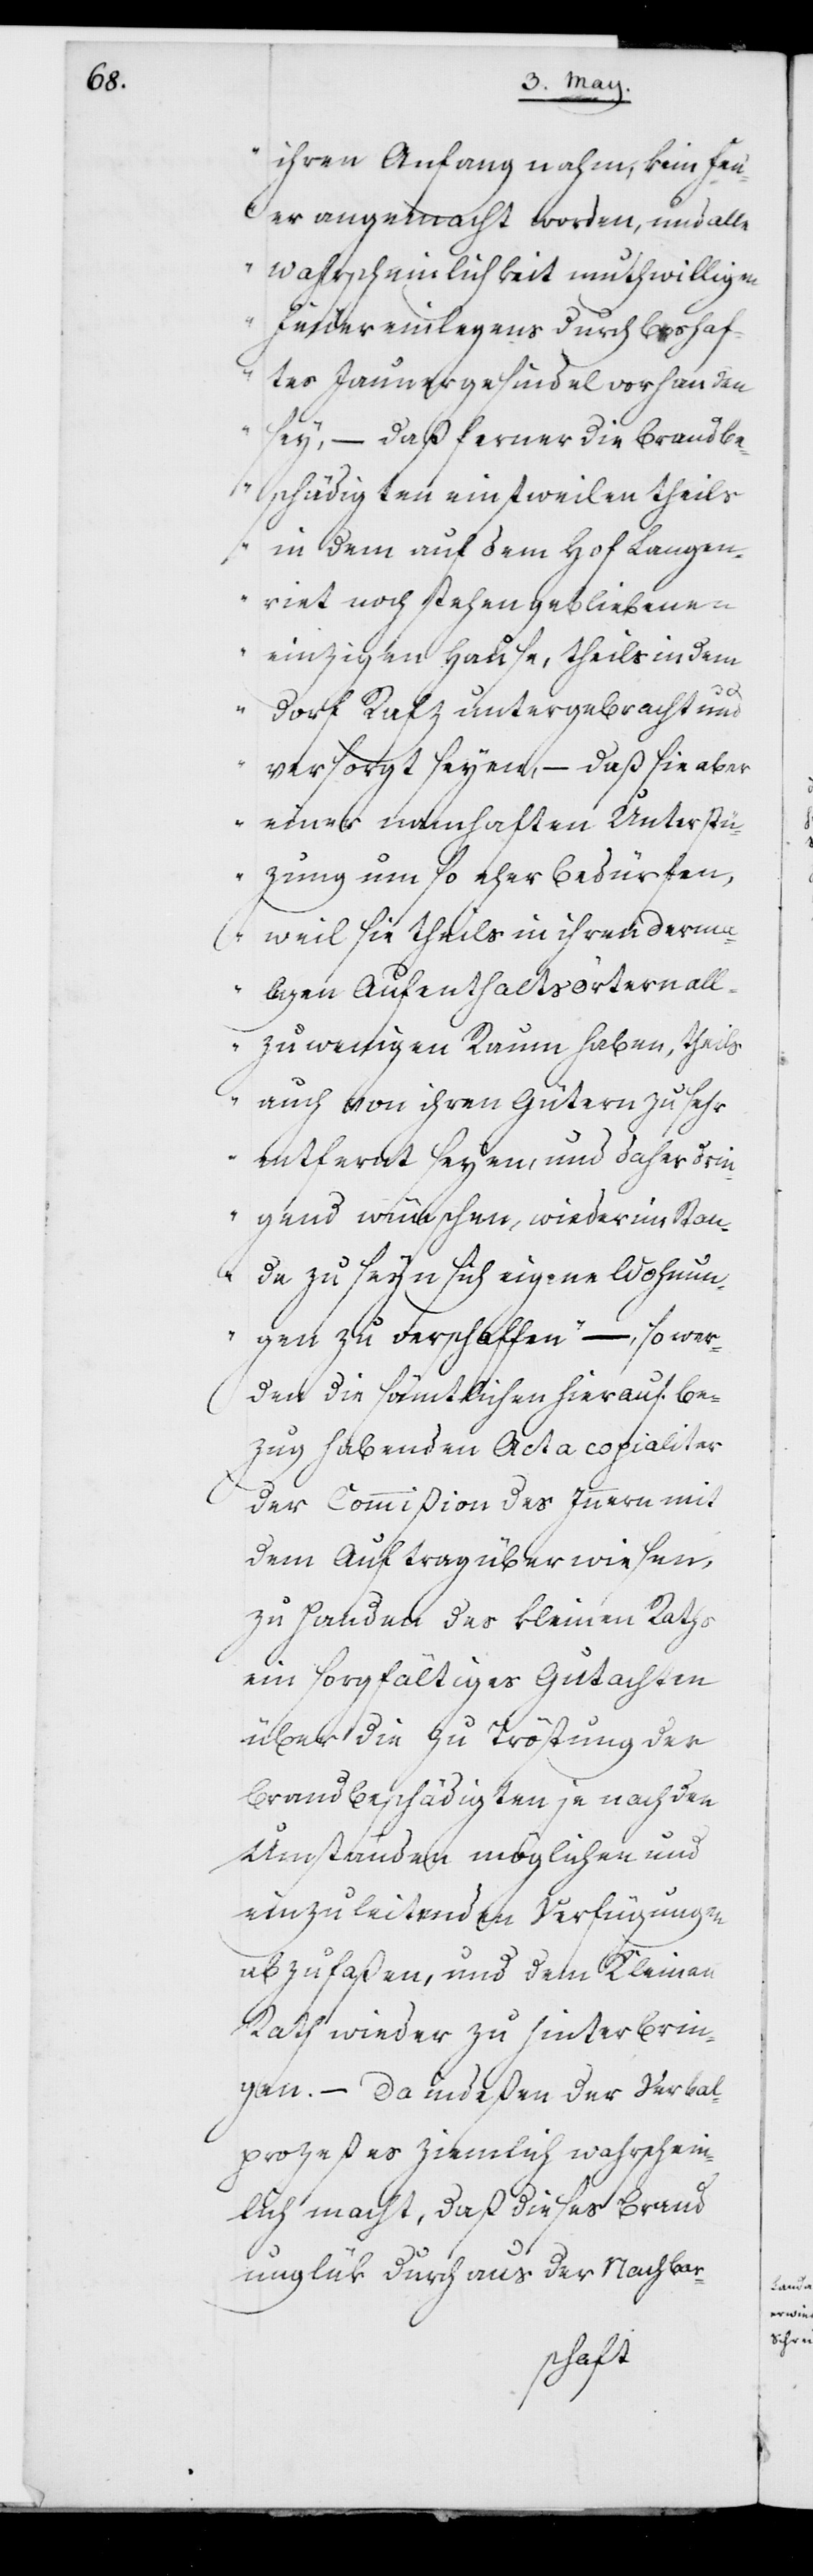
ihren Anfang nahm, kein Feu¬
er angemacht worden, und alle
Wahrscheinlichkeit muthwilligen
Feuereinlegens durch boshaf¬
tes Jaunergesindel vorhanden
sey, – daß ferner die Brandbe¬
schädigten einstweilen theils
in dem auf dem Hof Langen¬
riet noch stehen gebliebenen
einzigen Hause, theils in dem
Dorf Rafz untergebracht und
versorgt seyen, – daß sie aber
einer namhaften Unterstü¬
tzung um so eher bedürfen,
weil sie theils in ihren derma¬
ligen Aufenthaltsorten all¬
zu wenigen Raum haben, theils
auch von ihren Gütern zu sehr
entfernt seyen und daher drin¬
gend wünschen, wieder im Stan¬
de zu seyn sich eigene Wohnun¬
gen zu verschaffen“ –, so wer¬
den die sämtlichen hierauf Be¬
zug habenden Acta copialiter
der Commißion des Innern mit
dem Auftrag überwiesen,
zu Handen des Kleinen Raths
ein sorgfältiges Gutachten
über die zu Tröstung der
Brandbeschädigten je nach den
Umständen möglichen und
einzuleitenden Verfügungen
abzufaßen, und dem Kleinen
Rath wieder zu hinterbrin¬
gen. – Da indeßen der Verbal¬
prozeß es ziemlich wahrschein¬
lich macht, daß dieses Brand¬
unglük durch aus der Nachbar-